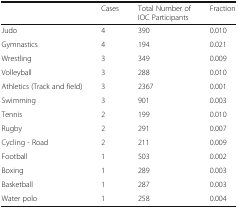
|  | Cases | Total Number of IOC Participants | Fraction |
 | --- | --- | --- | --- |
 | Judo | 4 | 390 | 0.010 |
 | Gymnastics | 4 | 194 | 0.021 |
 | Wrestling | 3 | 349 | 0.009 |
 | Volleyball | 3 | 288 | 0.010 |
 | Athletics (Track and field) | 3 | 2367 | 0.001 |
 | Swimming | 3 | 901 | 0.003 |
 | Tennis | 2 | 199 | 0.010 |
 | Rugby | 2 | 291 | 0.007 |
 | Cycling - Road | 2 | 211 | 0.009 |
 | Football | 1 | 503 | 0.002 |
 | Boxing | 1 | 289 | 0.003 |
 | Basketball | 1 | 287 | 0.003 |
 | Water polo | 1 | 258 | 0.004 |